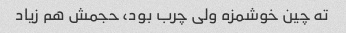
ته چین خوشمزه ولی چرب بود، حجمش هم زیاد